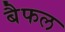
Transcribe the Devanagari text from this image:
बैफल